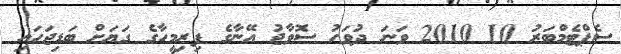
ސެޕްޓެމްބަރު 10 2010 ވަނަ ދުވަހު ސޮވާޖު އޭނާގެ ފިރިމީހާގެ ގަޔަށް ބަޑިޖަހައި